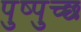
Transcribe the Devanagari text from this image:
पुष्पुच्छ